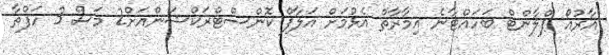
އާރުއޯ ޕްލާންޓް ބަހައްޓާނެ އިމާރާތް އެޅުމަށް އަލާފް ކޮންސްޓްރަކްޝަންއަށް2 މަސް 3 ހަފްތާ